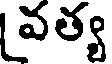
వత్య